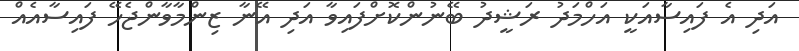
އަދި އެ ފައިސާއަކީ އަހްމަދު ރަޝީދު ބޭނުންކޮށްފައިވާ އަދި އޭނާ ޒިންމާވާންޖެހޭ ފައިސާއެއް